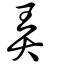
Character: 弄